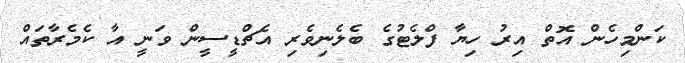
ކަންމިހެން އޮތް އިރު ހިޔާ ފްލެޓުގެ ބެލެނިވެރި އެޗްޑީސީން ވަނީ އާ ކެމެރާތައް